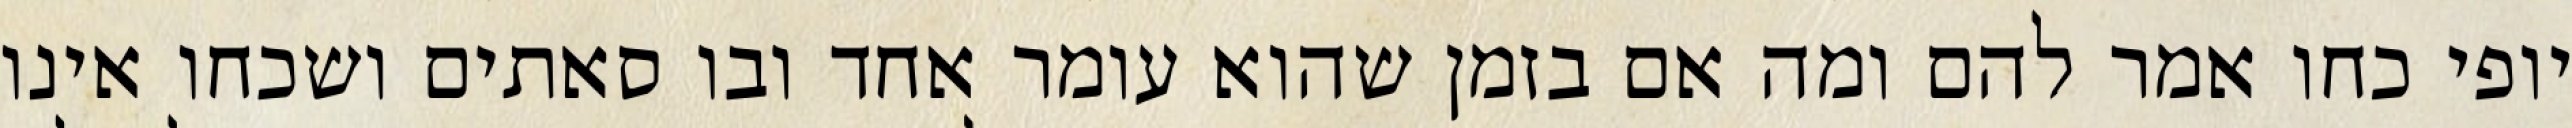
יופי כחו אמר להם ומה אם בזמן שהוא עומר אחד ובו סאתים ושכחו אינו